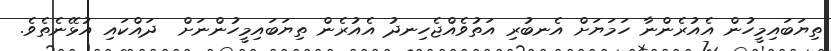
ތިޔަބައިމީހުން އެއުރެންނާ ހަމަޔަށް އެނބުރި އަތުވެއްޖެހިނދު އެއުރެން ތިޔަބައިމީހުންނަށް  ދައްކައި އުޅޭނެތެވެ.